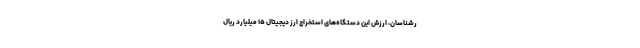
رشناسان، ارزش این دستگاه‌های استخراج ارز دیجیتال ۱۵ میلیارد ریال